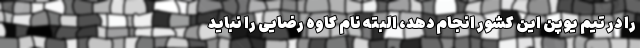
را در تیم یوپن این کشور انجام دهد، البته نام کاوه رضایی را نباید